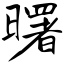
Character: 曙